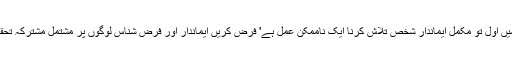
ہم جس ملک کے شہری ہیں وہاں ہر شخص الاماشاء اللہ ہے اس معاشرے میں اول تو مکمل ایماندار شخص تلاش کرنا ایک ناممکن عمل ہے' فرض کریں ایماندار اور فرض شناس لوگوں پر مشتمل مشترکہ تحقیقاتی ٹیم بن بھی جاتی ہے تو حکومت اس کو کیا آزادانہ کام کرنے دے گی۔